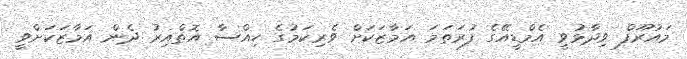
މައުރޫފް ވިދާޅުވީ އެމްޑީއޭގެ ފުރަތަމަ އަމާޒަކަށް ވެރިކަމުގެ ހިއްސާ އޮތްއިރު ދެން އަމާޒަކަށްވީ